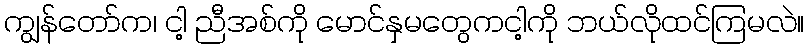
ကျွန်တော်က၊ ငါ့ ညီအစ်ကို မောင်နှမတွေကငါ့ကို ဘယ်လိုထင်ကြမလဲ။